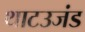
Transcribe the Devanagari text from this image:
थाटउजंड